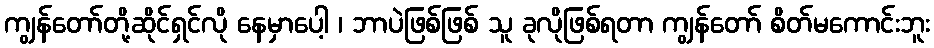
ကျွန်တော်တို့ဆိုင်ရှင်လို နေမှာပေါ့ ၊ ဘာပဲဖြစ်ဖြစ် သူ ခုလိုဖြစ်ရတာ ကျွန်တော် စိတ်မကောင်းဘူး